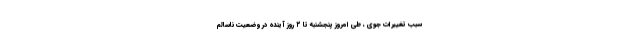
سبب تغییرات جوی ، طی امروز پنجشنبه تا ۲ روز آینده در وضعیت ناسالم